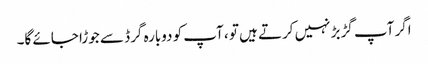
اگر آپ گڑبڑ نہیں کرتے ہیں تو ، آپ کو دوبارہ گرڈ سے جوڑا جائے گا۔